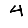
Digit: 4